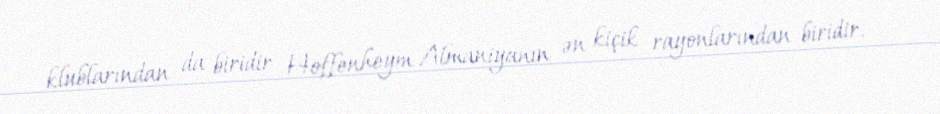
klublarından da biridir Hoffenheym Almaniyanın ən kiçik rayonlarından biridir.